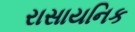
રાસાયનિક